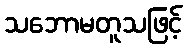
သဘောမတူသဖြင့်